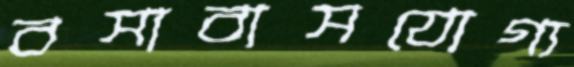
বসাবাসযোগ্য